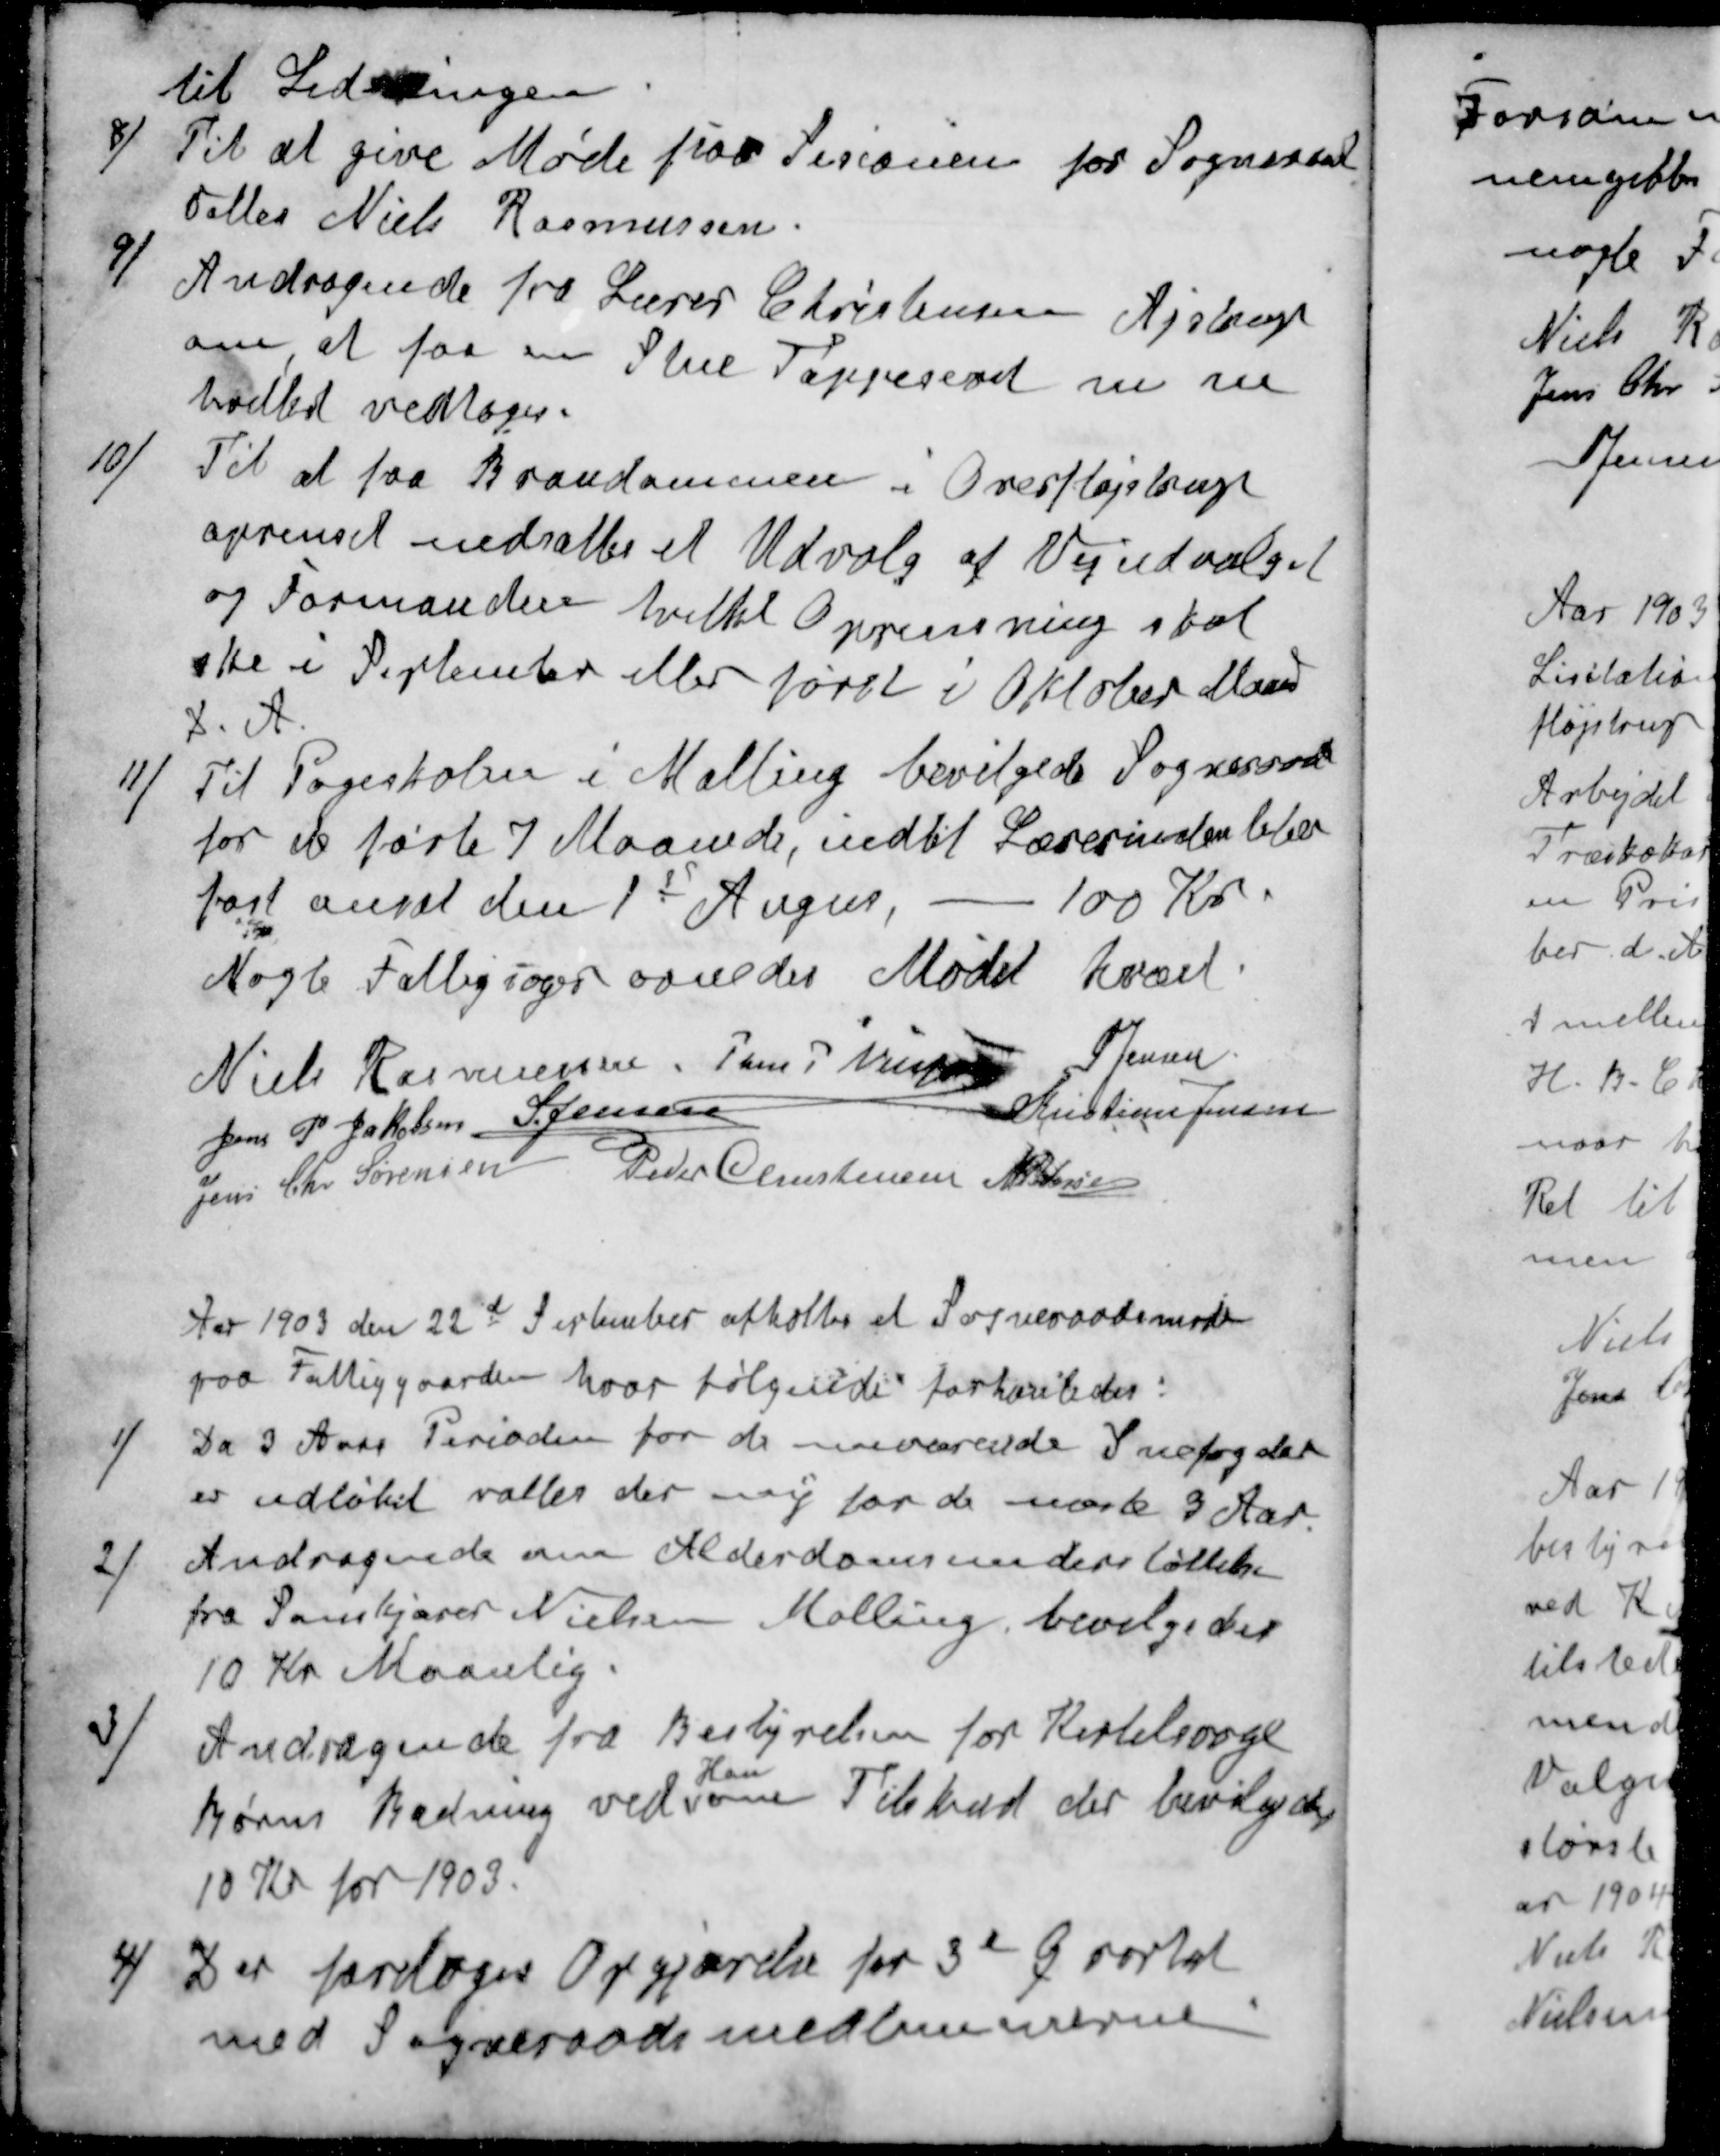
Transskription:
til Ledningen
8 / Til at give Møde paa Sesionen for Sogneraad
valtes Niels Rasmussen.
9 / Andragende fra Lærer Christensen Ajstrup
om, at faa en Stue Tappeseret m m
hodtet vedtoges.
10 / Til at faa Brandammen i Overfløjstrup
oprenset nedsattes et Udvalg af Vejudvalget
og Formanden hvilket Oprensning skal
ske i September eller først i Oktober Maned
d. A.
11 / Til Pogeskolen i Malling bevilgede Sogneraad
for de førte 7 Maaneder, indtil Lærerinden blev
fast ansat den 1t Augus, - 100 Kr.
Nogle Fattigsager ornedes Mødet hævet
Niels Rasmussen
Jens P Nielsen
S Jensen
Jens P Jakobsen
S Jensen
Kristian Jensen
Jens Chr Sørensen
Peder Christensen
M Pedersen
Aar 1903 den 22d September afholtes et Sogneraadsmøde
paa Fattiggaarden, hvor følgende forhanledes:
1 / Da 3 Aars Perioden for de nuværende Snefogder
er udløbet valtes der ny for de næste 3 Aar.
2 / Andragende om Alderdomsunderstøttelse
fra Savskjærer Nielsen Malling bevilgedes
10 Kr Maanlig.
3 / Andragende fra Bestyrelsen for Kirtelsvage
Hou
Børns Badning ved om Tilskud der bevilgedes
10 Kr for 1903.
4 / Der foretoges Opgjørelse for 3d Qvartal
med Sogneraadsmedlemmerne